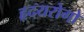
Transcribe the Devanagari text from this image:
हृदयरोगो